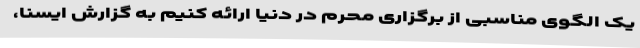
یک الگوی مناسبی از برگزاری محرم در دنیا ارائه کنیم به گزارش ایسنا،